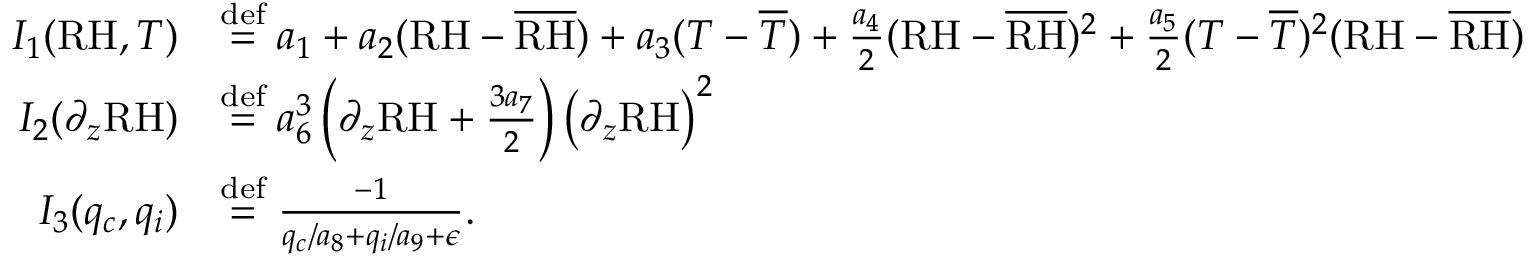
\begin{array} { r l } { I _ { 1 } ( \mathrm { R H } , T ) } & { \stackrel { \mathrm { d e f } } { = } a _ { 1 } + a _ { 2 } ( \mathrm { R H } - \overline { { \mathrm { R H } } } ) + a _ { 3 } ( T - \overline { { T } } ) + \frac { a _ { 4 } } { 2 } ( \mathrm { R H } - \overline { { \mathrm { R H } } } ) ^ { 2 } + \frac { a _ { 5 } } { 2 } ( T - \overline { { T } } ) ^ { 2 } ( \mathrm { R H } - \overline { { \mathrm { R H } } } ) } \\ { I _ { 2 } ( \partial _ { z } \mathrm { R H } ) } & { \stackrel { \mathrm { d e f } } { = } a _ { 6 } ^ { 3 } \left( \partial _ { z } \mathrm { R H } + \frac { 3 a _ { 7 } } { 2 } \right) \left( \partial _ { z } \mathrm { R H } \right) ^ { 2 } } \\ { I _ { 3 } ( q _ { c } , q _ { i } ) } & { \stackrel { \mathrm { d e f } } { = } \frac { - 1 } { q _ { c } / a _ { 8 } + q _ { i } / a _ { 9 } + \epsilon } . } \end{array}